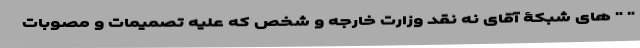
" " های شبکۀ آقای نه نقد وزارت خارجه و شخص که علیه تصمیمات و مصوبات